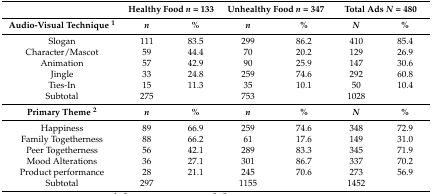
<table><thead><tr><td></td><td colspan="2"><b>Healthy Food <i>n</i> = 133</b></td><td colspan="2"><b>Unhealthy Food <i>n</i> = 347</b></td><td colspan="2"><b>Total Ads <i>N</i> = 480</b></td></tr></thead><tbody><tr><td><b>Audio-Visual Technique <sup>1</sup></b></td><td><b><i>n</i></b></td><td><b>%</b></td><td><b><i>n</i></b></td><td><b>%</b></td><td><b><i>N</i></b></td><td><b>%</b></td></tr><tr><td>Slogan</td><td>111</td><td>83.5</td><td>299</td><td>86.2</td><td>410</td><td>85.4</td></tr><tr><td>Character/Mascot</td><td>59</td><td>44.4</td><td>70</td><td>20.2</td><td>129</td><td>26.9</td></tr><tr><td>Animation</td><td>57</td><td>42.9</td><td>90</td><td>25.9</td><td>147</td><td>30.6</td></tr><tr><td>Jingle</td><td>33</td><td>24.8</td><td>259</td><td>74.6</td><td>292</td><td>60.8</td></tr><tr><td>Ties-In</td><td>15</td><td>11.3</td><td>35</td><td>10.1</td><td>50</td><td>10.4</td></tr><tr><td>Subtotal</td><td>275</td><td></td><td>753</td><td></td><td>1028</td><td></td></tr><tr><td><b>Primary Theme <sup>2</sup></b></td><td><b><i>n</i></b></td><td><b>%</b></td><td><b><i>n</i></b></td><td><b>%</b></td><td><b><i>N</i></b></td><td><b>%</b></td></tr><tr><td>Happiness</td><td>89</td><td>66.9</td><td>259</td><td>74.6</td><td>348</td><td>72.9</td></tr><tr><td>Family Togetherness</td><td>88</td><td>66.2</td><td>61</td><td>17.6</td><td>149</td><td>31.0</td></tr><tr><td>Peer Togetherness</td><td>56</td><td>42.1</td><td>289</td><td>83.3</td><td>345</td><td>71.9</td></tr><tr><td>Mood Alterations</td><td>36</td><td>27.1</td><td>301</td><td>86.7</td><td>337</td><td>70.2</td></tr><tr><td>Product performance </td><td>28</td><td>21.1</td><td>245</td><td>70.6</td><td>273</td><td>56.9</td></tr><tr><td>Subtotal</td><td>297</td><td></td><td>1155</td><td></td><td>1452</td><td></td></tr></tbody></table>